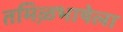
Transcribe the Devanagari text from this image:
तमिऴभाषेला